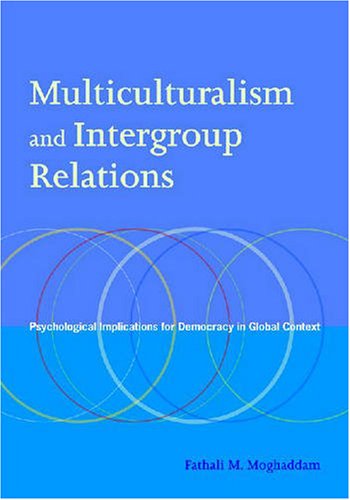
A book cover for Multiculturalism and Intergroup Relations: Psychological Implications for Democracy in Global Context; Fathali M. Moghaddam; Medical Books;